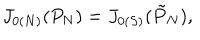
J _ { 0 ( N ) } ( P _ { N } ) = J _ { 0 ( S ) } ( \tilde { P } _ { N } ) ,